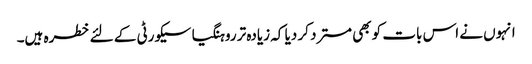
انہوں نے اس بات کو بھی مسترد کر دیا کہ زیادہ تر روہنگیا سیکورٹی کے لئے خطرہ ہیں۔